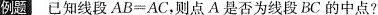
例题已知线段$$AB=AC$$，则点A是否为线段BC的中点？